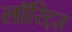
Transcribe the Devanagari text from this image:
लॉरिट्ज़